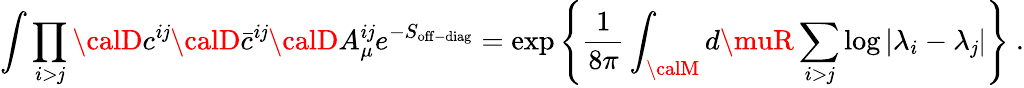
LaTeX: \int\prod_{i>\mathit{j}}{\calD}c^{i\mathit{j}}{\calD}\bar{{c}}^{i\mathit{j}}{\calD}A_{\mu}^{i\mathit{j}}e^{-S_{\mathrm{{off-diag}}}}=\exp\left\{ {\frac{{1}}{{8\pi}}}\int_{\calM}d\muR\sum_{i>\mathit{j}}\log|\lambda_{i}-\lambda_{\mathit{j}}|\right\} ~.